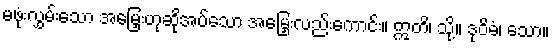
မဖုံးလွှမ်းသော အမြှေးဟုဆိုအပ်သော အမြှေးလည်းကောင်း။ ဣတိ၊ သို့။ ဒုဝိဓံ၊ သော။